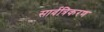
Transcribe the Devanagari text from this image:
सार्वत्रिकरण